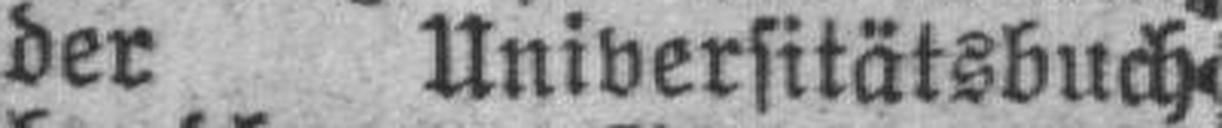
der Universitätsbuch¬